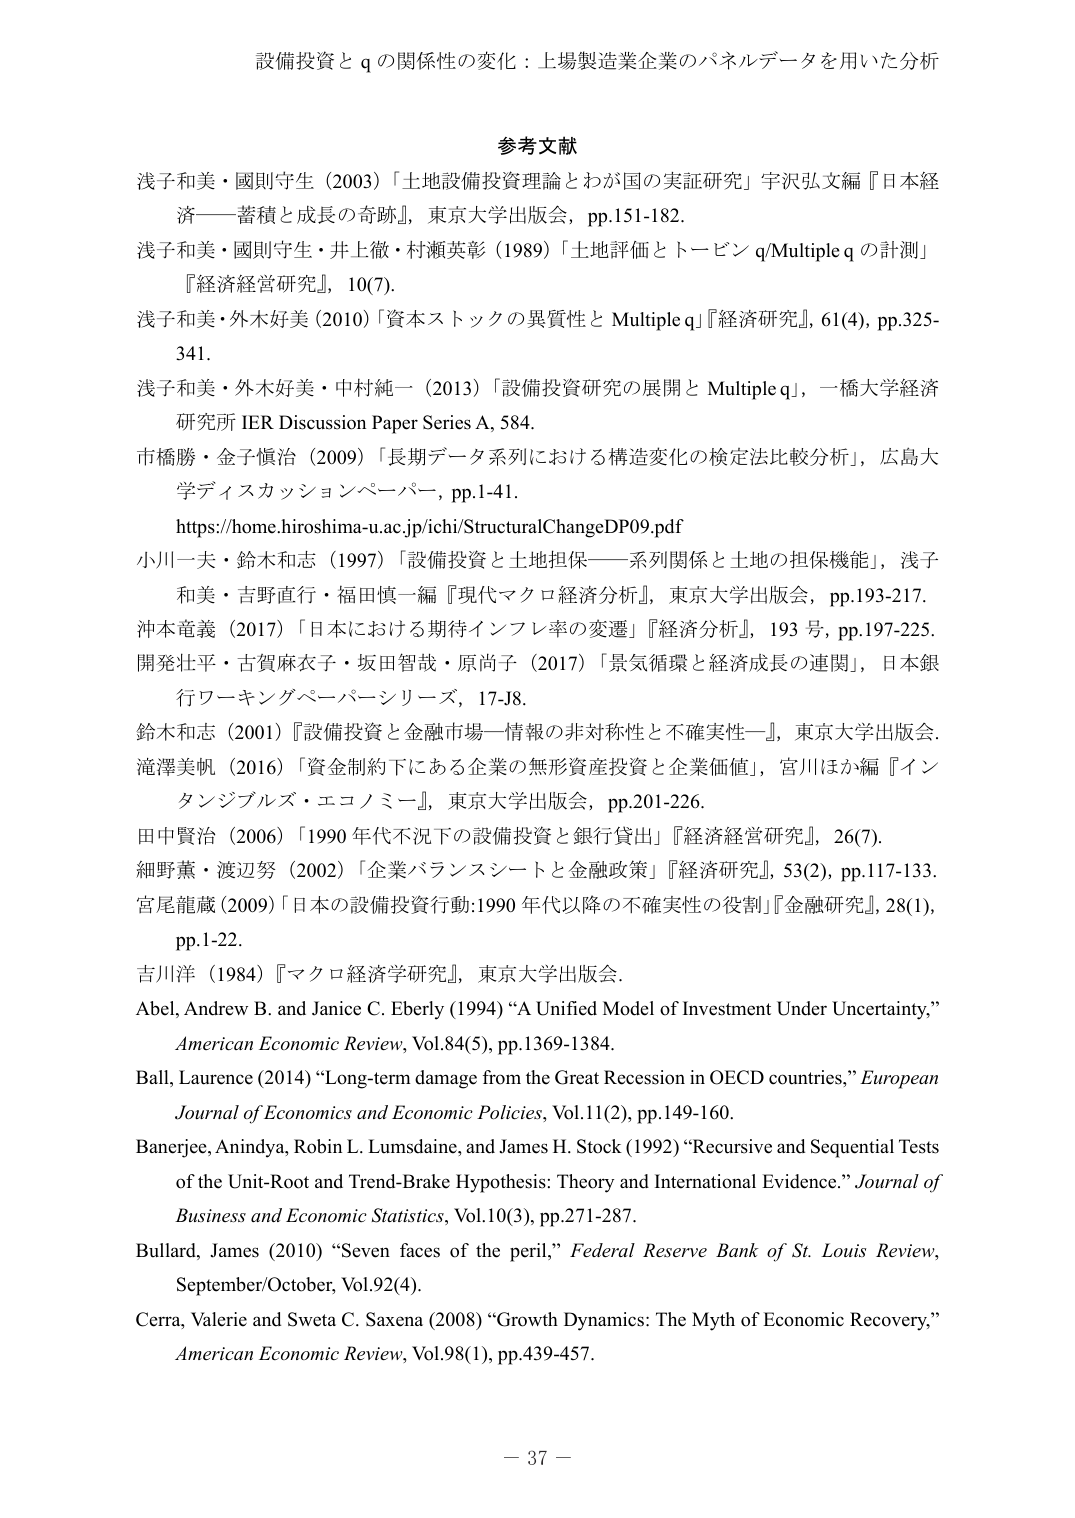
設備投資と q の関係性の変化：上場製造業企業のパネルデータを用いた分析

参考文献
浅子和美・國則守生（2003）「土地設備投資理論とわが国の実証研究」宇沢弘文編『日本経済――蓄積と成長の奇跡』，東京大学出版会，pp.151-182.
浅子和美・國則守生・井上徹・村瀬英彰（1989）「土地評価とトービン q/Multiple q の計測」『経済経営研究』，10(7).
浅子和美・外木好美（2010）「資本ストックの異質性と Multiple q」『経済研究』，61(4)，pp.325-341.
浅子和美・外木好美・中村純一（2013）「設備投資研究の展開と Multiple q」，一橋大学経済研究所 IER Discussion Paper Series A, 584.
市橋勝・金子愼治（2009）「長期データ系列における構造変化の検定法比較分析」，広島大学ディスカッションペーパー，pp.1-41.
https://home.hiroshima-u.ac.jp/ichi/StructuralChangeDP09.pdf
小川一夫・鈴木和志（1997）「設備投資と土地担保――系列関係と土地の担保機能」，浅子和美・吉野直行・福田慎一編『現代マクロ経済分析』，東京大学出版会，pp.193-217.
沖本竜義（2017）「日本における期待インフレ率の変遷」『経済分析』，193 号，pp.197-225.
開発壮平・古賀麻衣子・坂田智哉・原尚子（2017）「景気循環と経済成長の連関」，日本銀行ワーキングペーパーシリーズ，17-J8.
鈴木和志（2001）『設備投資と金融市場―情報の非対称性と不確実性―』，東京大学出版会.
滝澤美帆（2016）「資金制約下にある企業の無形資産投資と企業価値」，宮川ほか編『インタンジブルズ・エコノミー』，東京大学出版会，pp.201-226.
田中賢治（2006）「1990 年代不況下の設備投資と銀行貸出」『経済経営研究』，26(7).
細野薫・渡辺努（2002）「企業バランスシートと金融政策」『経済研究』，53(2)，pp.117-133.
宮尾龍蔵（2009）「日本の設備投資行動:1990 年代以降の不確実性の役割」『金融研究』，28(1)，pp.1-22.
吉川洋（1984）『マクロ経済学研究』，東京大学出版会.
Abel, Andrew B. and Janice C. Eberly (1994) “A Unified Model of Investment Under Uncertainty,” American Economic Review, Vol.84(5), pp.1369-1384.
Ball, Laurence (2014) “Long-term damage from the Great Recession in OECD countries,” European Journal of Economics and Economic Policies, Vol.11(2), pp.149-160.
Banerjee, Anindya, Robin L. Lumsdaine, and James H. Stock (1992) “Recursive and Sequential Tests of the Unit-Root and Trend-Break Hypothesis: Theory and International Evidence.” Journal of Business and Economic Statistics, Vol.10(3), pp.271-287.
Bullard, James (2010) “Seven faces of the peril,” Federal Reserve Bank of St. Louis Review, September/October, Vol.92(4).
Cerra, Valerie and Sweta C. Saxena (2008) “Growth Dynamics: The Myth of Economic Recovery,” American Economic Review, Vol.98(1), pp.439-457.

－ 37 －